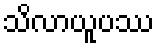
သိလာယူပဿ